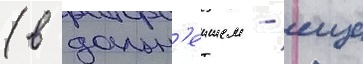
(в дальн'еишем - еще